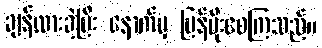
ချန်ထားခဲ့ပြီး နောက်မှ ပြန်မိုးစေကြသည်။